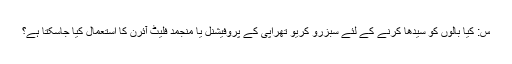
س: کیا بالوں کو سیدھا کرنے کے لئے سبزرو کریو تھراپی کے پروفیشنل یا منجمد فلیٹ آئرن کا استعمال کیا جاسکتا ہے؟